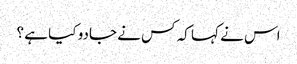
اس نے کہا کہ کس نے جادو کیا ہے ؟